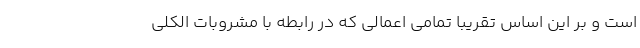
است و بر این اساس تقریبا تمامی اعمالی که در رابطه با مشروبات الکلی